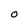
Character: O